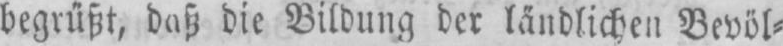
begrüßt, daß die Bildung der ländlichen Bevöl⸗